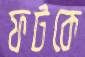
ফটকে